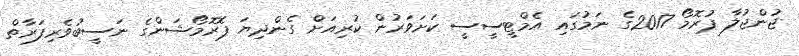
ޖުންޖުލާ ޕުރޮމޯ 2017ގެ ނަމުގައި އެމްޓީސީސީ ކަށަވަރުން ކުރިއަށް ގެންދިޔަ ޕޮރޮމޯޝަންގެ ނަސީބުވެރިފަރާތް